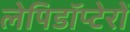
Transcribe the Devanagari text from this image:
लेपिडॉप्टेरों